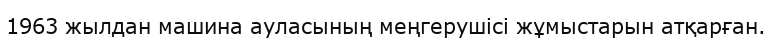
1963 жылдан машина ауласының меңгерушісі жұмыстарын атқарған.